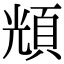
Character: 𩒚